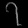
Digit: ၇